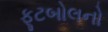
ફૂટબોલનો